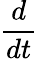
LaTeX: \frac{d}{dt}